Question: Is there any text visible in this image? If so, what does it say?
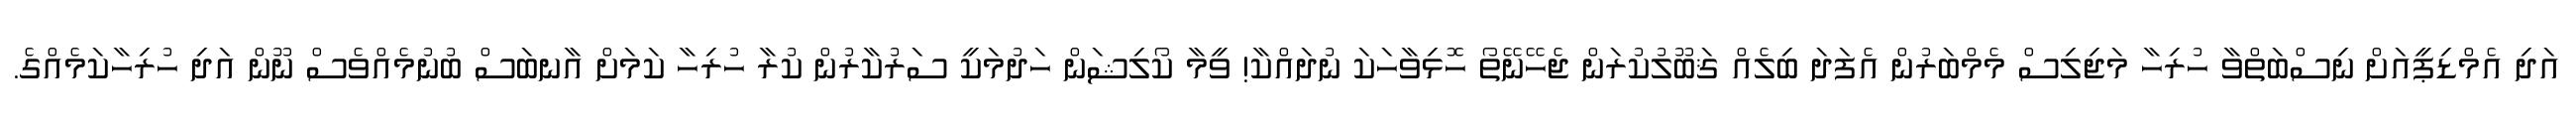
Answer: އަދި އެމްޑިޕީއަށް ނިސްބަތްވާ ހުރިހާ މަޖިލިސް މެމްބަރުން އެފަދަ ބިލެއް ޤަބޫލުކުރަން ޖެހޭނޭތޯ ހޮޅިވާހަކަ ނުދައްކާ! ވީމާ ކޯލިޝަން ހަދުމަކީ ސަރުކާރުން ކުރާ ހުރިހާ ކަމަށް އާނބަސް ބުނުމެއްވެސް ނޫން އަދި ހުރިހާކަމެއްގެ.